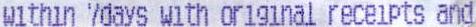
WITHIN 7DAYS WITH ORIGINAL RECEIPTS AND